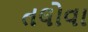
તલોવા